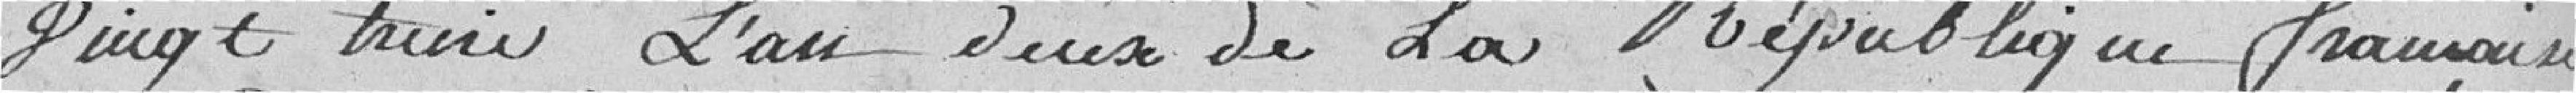
vingt huit, l'an deux de la République française.